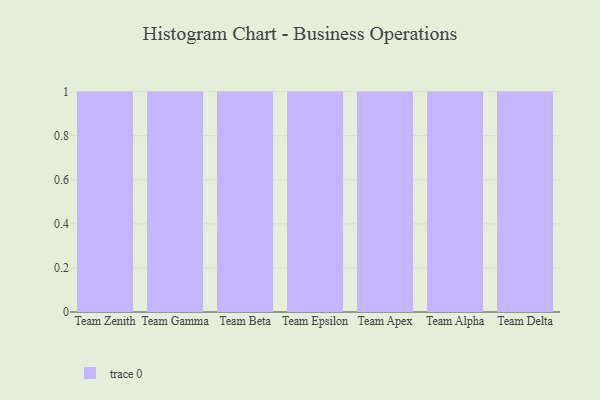
{"axis": {"x": "Team", "y": "Churn Rate (%)"}, "legend": [""], "data": [{"x": "Team Zenith", "y": 40, "type": ""}, {"x": "Team Gamma", "y": 65, "type": ""}, {"x": "Team Beta", "y": 20, "type": ""}, {"x": "Team Epsilon", "y": 73, "type": ""}, {"x": "Team Apex", "y": 58, "type": ""}, {"x": "Team Alpha", "y": 31, "type": ""}, {"x": "Team Delta", "y": 71, "type": ""}]}